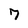
Character: 7